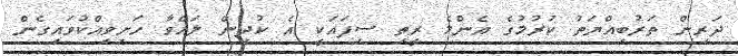
ދަރިން ތަރުބިއްޔަތު ކުރުމުގެ އެންމެ ރީތި ސިފައަކީ އެ ކުދިން ލައްވާ ހަށިވިއްކުވައިގެން